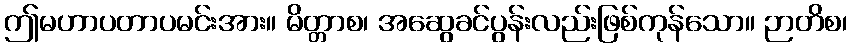
ဤမဟာပတာပမင်းအား။ မိတ္တာစ၊ အဆွေခင်ပွန်းလည်းဖြစ်ကုန်သော။ ဉာတိစ၊